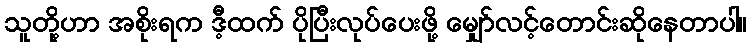
သူတို့ဟာ အစိုးရက ဒီ့ထက် ပိုပြီးလုပ်ပေးဖို့ မျှော်လင့်တောင်းဆိုနေတာပါ။